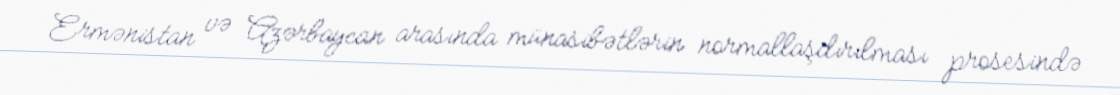
Ermənistan və Azərbaycan arasında münasibətlərin normallaşdırılması prosesində